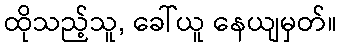
ထိုသည့်သူ, ခေါ်ယူ နေယျမှတ်။